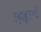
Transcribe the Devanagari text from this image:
व्हाइटलॉ